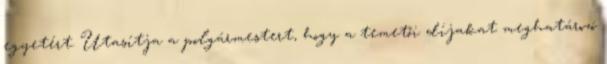
egyetért. Utasítja a polgármestert, hogy a temetői díjakat meghatározó